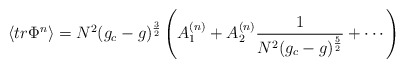
\begin{align*}\langle tr \Phi^{n} \rangle = N^{2} (g_{c} - g)^{\frac{3}{2}}\left ( A_{1}^{(n)} + A_{2}^{(n)} \frac{1}{N^{2} ( g_{c} - g )^{\frac{5}{2}}} + \cdots \right)\end{align*}